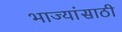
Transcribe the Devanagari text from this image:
भाज्यांसाठी